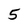
Character: 5